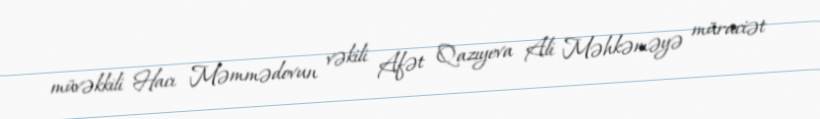
müvəkkili Hacı Məmmədovun vəkili Afət Qazıyeva Ali Məhkəməyə müraciət